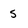
Character: 5